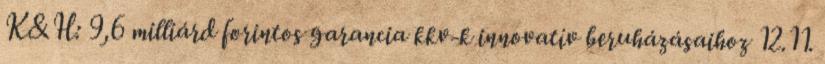
K&H: 9,6 milliárd forintos garancia kkv-k innovatív beruházásaihoz 12.11.